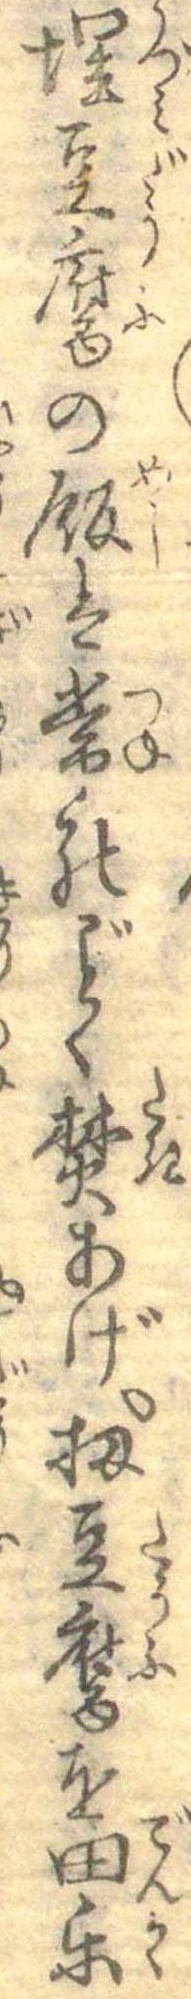
埋豆腐の飯は常のごとく焚あげ扨豆腐を田楽